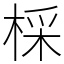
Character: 棌